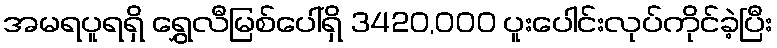
အမရပူရရှိ ရွှေလီမြစ်ပေါ်ရှိ 3420,000 ပူးပေါင်းလုပ်ကိုင်ခဲ့ပြီး